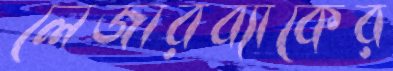
লেজারব্যাকের